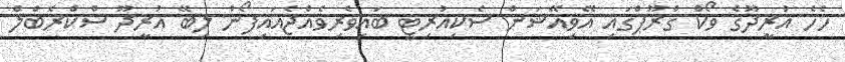
ހެހެ އުރީދޫގެ ވޯކް ގްރޫޕްގައި އޭވިއޭޝަން ސެކިއުރިޓީ ބައިވެރިވެއްޖެއައިފޯނު ލިބޭ އުރީދޫ ސްކްރެބްލް